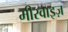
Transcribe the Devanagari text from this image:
मीरवाइज़